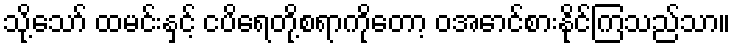
သို့သော် ထမင်းနှင့် ငပိရေတို့စရာကိုတော့ ဝအောင်စားနိုင်ကြသည်သာ။